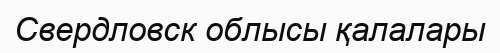
Свердловск облысы қалалары